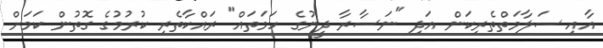
އާއި ސަލާމަތްތެރިކަން އަދި "ނަސާރާ ދީނުގެ ހަމަތައް" ރައްކާތެރި ކުރުމުގެ ގޮތުން ކަމަށް